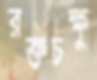
রক্তচক্ষু